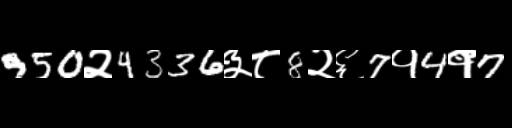
Text: 950२4336३८8२६7१4१7